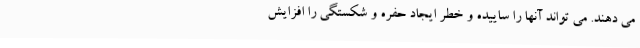
می دهند. می تواند آنها را ساییده و خطر ایجاد حفره و شکستگی را افزایش